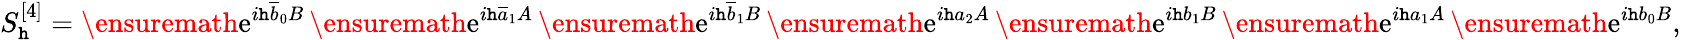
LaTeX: S_{\mathtt{h}}^{[4]}=\ensuremath{{\mathrm{{e}}}}^{i\mathtt{h}\overline{{{b}}}_{0}B}\, \ensuremath{{\mathrm{{e}}}}^{i\mathtt{h}\overline{{{a}}}_{1}A}\, \ensuremath{{\mathrm{{e}}}}^{i\mathtt{h}\overline{{{b}}}_{1}B}\, \ensuremath{{\mathrm{{e}}}}^{i\mathtt{h}a_{2}A}\, \ensuremath{{\mathrm{{e}}}}^{i\mathtt{h}b_{1}B}\, \ensuremath{{\mathrm{{e}}}}^{i\mathtt{h}a_{1}A}\, \ensuremath{{\mathrm{{e}}}}^{i\mathtt{h}b_{0}B},